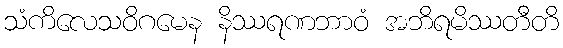
သံကိလေသဝိဂမေန နိဿရဏဘာဝံ အဘိရမိဿတီတိ